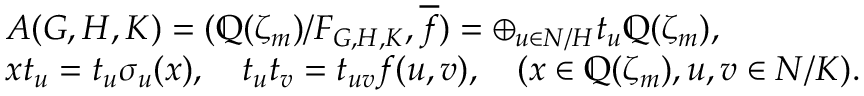
\begin{array} { r l } & { A ( G , H , K ) = ( { \mathbb Q } ( \zeta _ { m } ) / F _ { G , H , K } , \overline { { f } } ) = \oplus _ { u \in N / H } t _ { u } { \mathbb Q } ( \zeta _ { m } ) , } \\ & { x t _ { u } = t _ { u } \sigma _ { u } ( x ) , \quad t _ { u } t _ { v } = t _ { u v } f ( u , v ) , \quad ( x \in { \mathbb Q } ( \zeta _ { m } ) , u , v \in N / K ) . } \end{array}